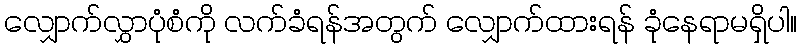
လျှောက်လွှာပုံစံကို လက်ခံရန်အတွက် လျှောက်ထားရန် ခုံနေရာမရှိပါ။